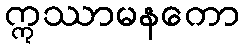
ဣဿာမနကော